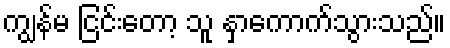
ကျွန်မ ငြင်းတော့ သူ နှာကောက်သွားသည်။